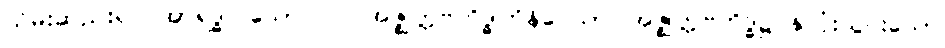
သိမ်းဆည်း၍။ အာရဒ္ဓါ၊ သော။ ပ။ အဇ္ဈတ္တဗဟိဒ္ဓါဘိနိဝေသာ၊ အဇ္ဈတ္တဗဟိဒ္ဓ၌ နှလုံးသွင်းသော